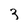
Character: 3